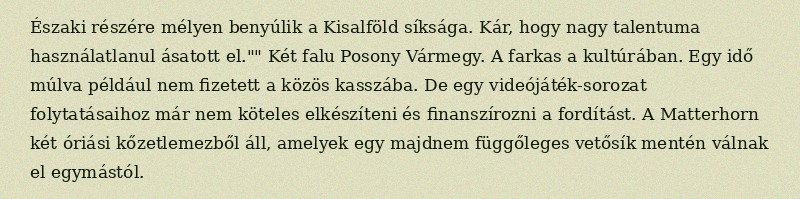
Északi részére mélyen benyúlik a Kisalföld síksága. Kár, hogy nagy talentuma használatlanul ásatott el."" Két falu Posony Vármegy. A farkas a kultúrában. Egy idő múlva például nem fizetett a közös kasszába. De egy videójáték-sorozat folytatásaihoz már nem köteles elkészíteni és finanszírozni a fordítást. A Matterhorn két óriási kőzetlemezből áll, amelyek egy majdnem függőleges vetősík mentén válnak el egymástól.